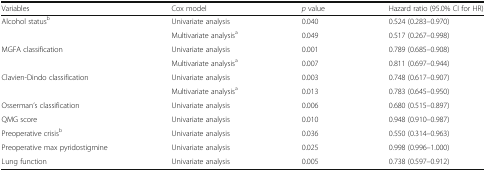
<table><thead><tr><td><b>Variables</b></td><td><b>Cox model</b></td><td><b><i>p</i> value</b></td><td><b>Hazard ratio (95.0% CI for HR)</b></td></tr></thead><tbody><tr><td>Alcohol status<sup>b</sup></td><td>Univariate analysis</td><td>0.040</td><td>0.524 (0.283–0.970)</td></tr><tr><td></td><td>Multivariate analysis<sup>a</sup></td><td>0.049</td><td>0.517 (0.267–0.998)</td></tr><tr><td>MGFA classification</td><td>Univariate analysis</td><td>0.001</td><td>0.789 (0.685–0.908)</td></tr><tr><td></td><td>Multivariate analysis<sup>a</sup></td><td>0.007</td><td>0.811 (0.697–0.944)</td></tr><tr><td>Clavien-Dindo classification</td><td>Univariate analysis</td><td>0.003</td><td>0.748 (0.617–0.907)</td></tr><tr><td></td><td>Multivariate analysis<sup>a</sup></td><td>0.013</td><td>0.783 (0.645–0.950)</td></tr><tr><td>Osserman’s classification</td><td>Univariate analysis</td><td>0.006</td><td>0.680 (0.515–0.897)</td></tr><tr><td>QMG score</td><td>Univariate analysis</td><td>0.010</td><td>0.948 (0.910–0.987)</td></tr><tr><td>Preoperative crisis<sup>b</sup></td><td>Univariate analysis</td><td>0.036</td><td>0.550 (0.314–0.963)</td></tr><tr><td>Preoperative max pyridostigmine</td><td>Univariate analysis</td><td>0.025</td><td>0.998 (0.996–1.000)</td></tr><tr><td>Lung function</td><td>Univariate analysis</td><td>0.005</td><td>0.738 (0.597–0.912)</td></tr></tbody></table>